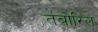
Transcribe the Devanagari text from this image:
तंबोरिल